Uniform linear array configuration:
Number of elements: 12
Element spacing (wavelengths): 0.25
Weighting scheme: hamming
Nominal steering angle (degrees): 45
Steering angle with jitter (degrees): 46.988
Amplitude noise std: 0.05
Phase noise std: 0.05

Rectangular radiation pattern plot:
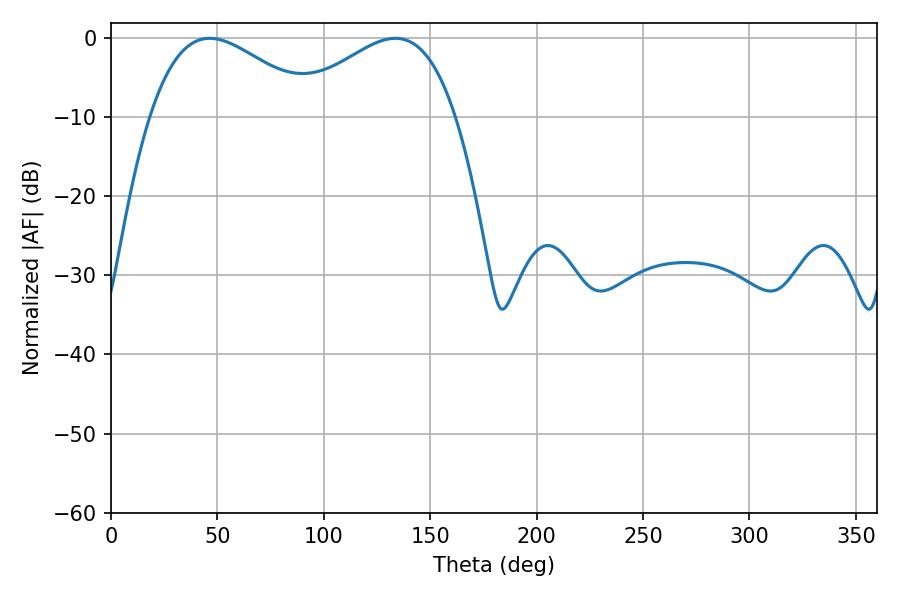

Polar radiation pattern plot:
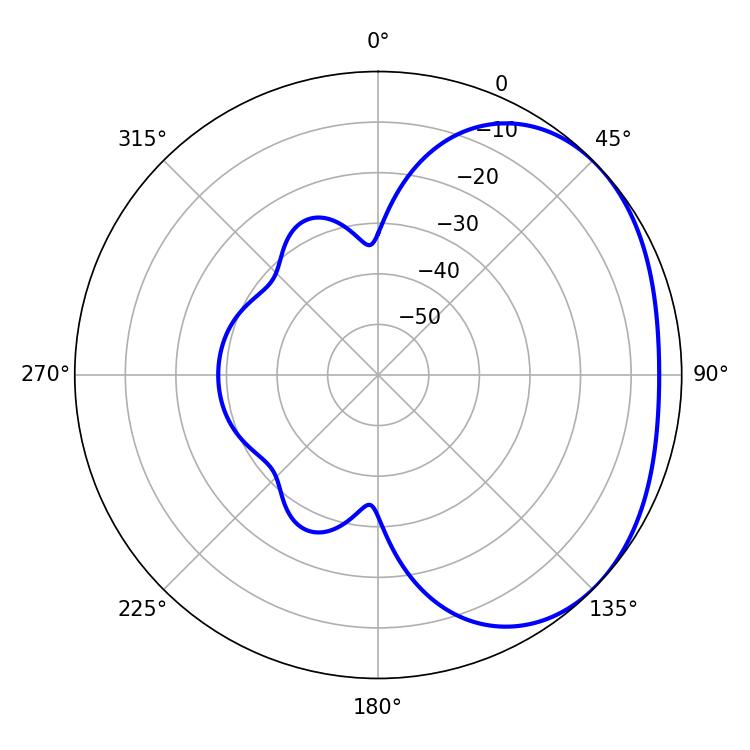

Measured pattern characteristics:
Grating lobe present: FALSE
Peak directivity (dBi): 2.28
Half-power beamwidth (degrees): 42.48
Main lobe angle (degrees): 46.44